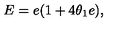
E = e ( 1 + 4 \theta _ { 1 } e ) , \quad